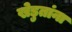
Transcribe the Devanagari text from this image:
खेडुतांना